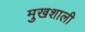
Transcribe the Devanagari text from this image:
मुखशाली